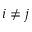
i \neq j